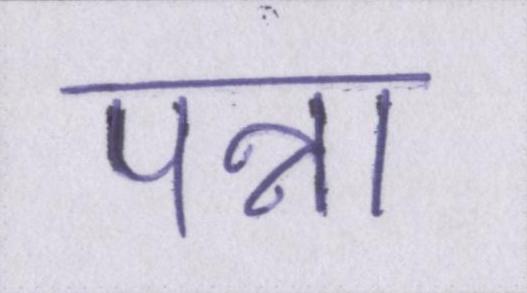
पन्ना